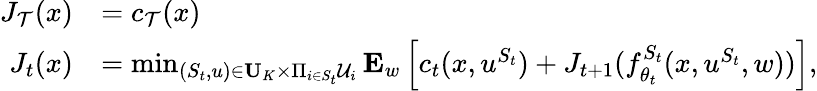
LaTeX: \begin{array}{rl}{J_{\mathcal{T}}(x)}&{=c_{\mathcal{T}}(x)}\\ {J_{t}(x)}&{=\operatorname*{min}_{(S_{t},u)\in\mathbf{U}_{K}\times\Pi_{i\in S_{t}}\mathcal{U}_{i}}\mathbf{E}_{w}\left[c_{t}(x,u^{S_{t}})+J_{t+1}(f_{\theta_{t}}^{S_{t}}(x,u^{S_{t}},w))\right],}\end{array}